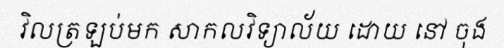
វិលត្រឡប់មក សាកលវិទ្យាល័យ ដោយ នៅ ចុង